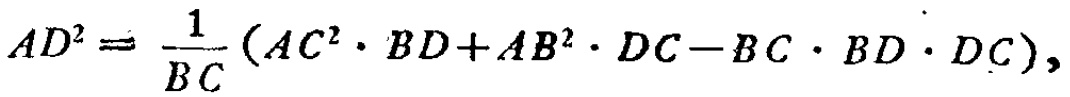
\[AD^{2}=\frac{1}{BC}(AC^{2}\cdot BD + AB^{2}\cdot DC - BC\cdot BD\cdot DC),\]